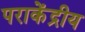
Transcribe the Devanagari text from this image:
पराकेंद्रीय